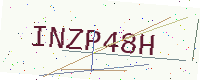
Text: INZP48H